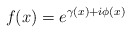
\begin{align*}f(x)=e^{\gamma(x)+i\phi(x)}\end{align*}